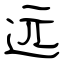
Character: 远